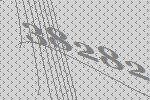
38282